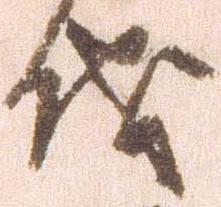
儀